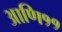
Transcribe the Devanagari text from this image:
आणि११